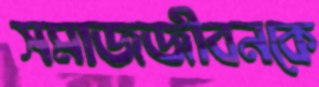
সমাজজীবনকে